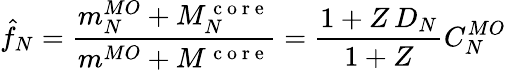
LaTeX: \hat{f}_{N}=\frac{m_{N}^{MO}+M_{N}^{\mathrm{~c~o~r~e~}}}{m^{MO}+M^{\mathrm{~c~o~r~e~}}}=\frac{1+Z\, D_{N}}{1+Z}C_{N}^{MO}